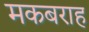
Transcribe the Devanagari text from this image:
मकबराह